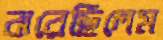
ঝরেছিলেম